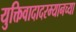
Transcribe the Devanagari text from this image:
युक्तिवादादरम्यानच्या